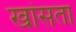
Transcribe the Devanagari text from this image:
खांसता